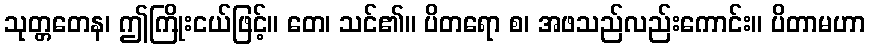
သုတ္တတေန၊ ဤကြိုးငယ်ဖြင့်။ တေ၊ သင်၏။ ပိတရော စ၊ အဖသည်လည်းကောင်း။ ပိတာမဟာ